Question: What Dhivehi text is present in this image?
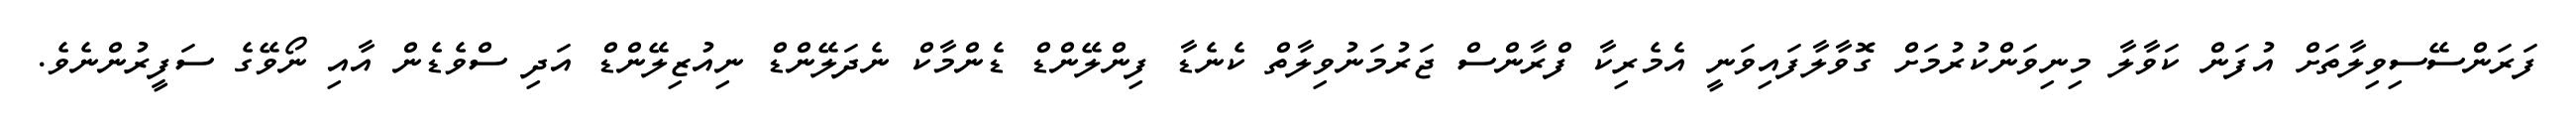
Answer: ފަރަންސޭސިވިލާތަށް އުފަން ކަވާލާ މިނިވަންކުރުމަށް ގޮވާލާފައިވަނީ އެމެރިކާ ފްރާންސް ޖަރުމަނުވިލާތް ކެނެޑާ ފިންލޭންޑް ޑެންމާކް ނެދަލޭންޑް ނިއުޒިލޭންޑް އަދި ސްވެޑެން އާއި ނޯވޭގެ ސަފީރުންނެވެ.